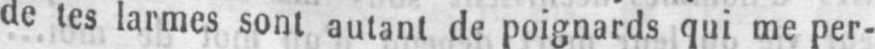
de tes larmes sont autant de poignards qui me per-